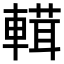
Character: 𨍷